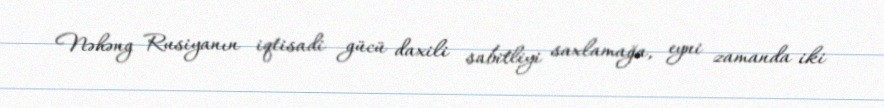
Nəhəng Rusiyanın iqtisadi gücü daxili sabitliyi saxlamağa, eyni zamanda iki